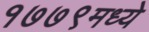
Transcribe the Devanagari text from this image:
१७७९मध्ये